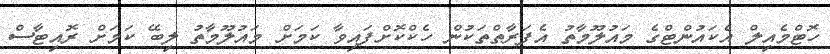
ހޮޓްމެއިލް އެކައުންޓްގެ މައުލޫމާތު އެފަރާތްތަކުން ހެކްކޮށްފައިވާ ކަމަށް މައުލޫމާތު ލިބޭ ކަމަށް ރޮއިޓާސް